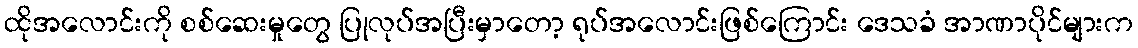
ထိုအလောင်းကို စစ်ဆေးမှုတွေ ပြုလုပ်အပြီးမှာတော့ ရုပ်အလောင်းဖြစ်ကြောင်း ဒေသခံ အာဏာပိုင်များက